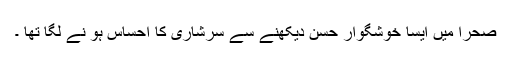
صحرا میں ایسا خوشگوار حسن دیکھنے سے سرشاری کا احساس ہو نے لگا تھا ۔